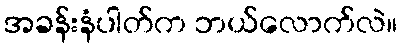
အခန်းနံပါတ်က ဘယ်လောက်လဲ။